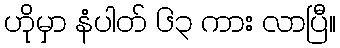
ဟိုမှာ နံပါတ် ၆၃ ကား လာပြီ။